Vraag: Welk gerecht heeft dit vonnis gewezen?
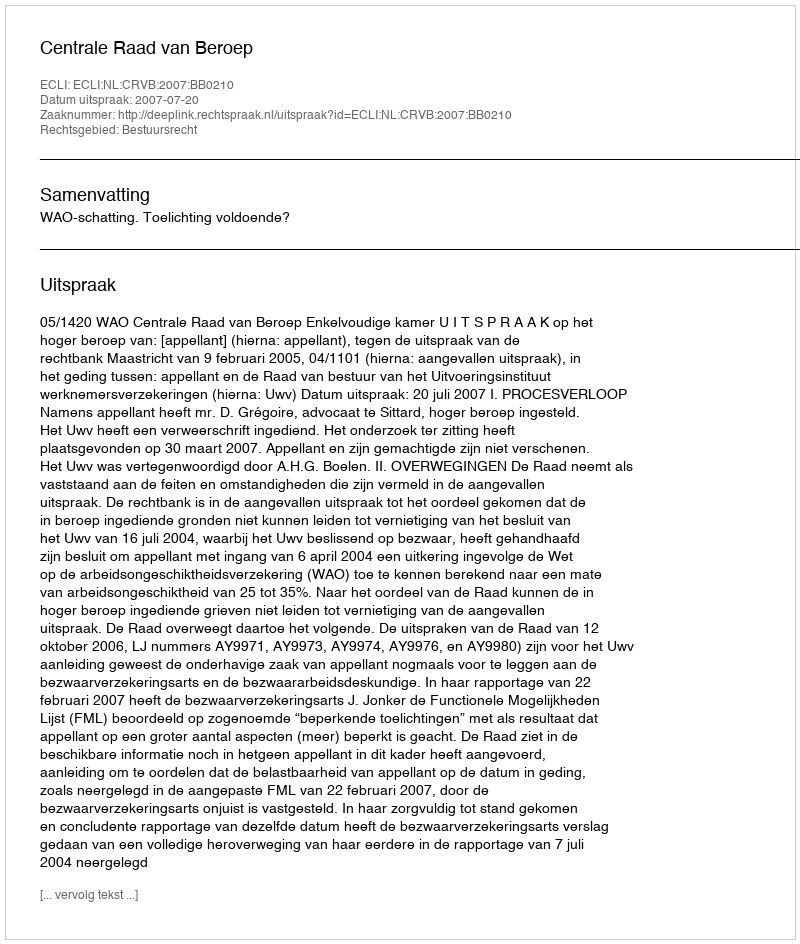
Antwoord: Centrale Raad van Beroep